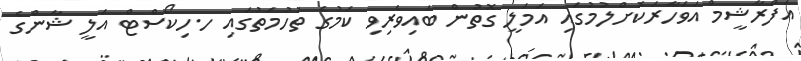
އަފްރާޝީމް އަވަހާރަކޮށްލުމުގައި އަމަލީ ގޮތުން ބައިވެރިވި ކަމުގެ ތުހުމަތުގައި ހ.ހިކޯސްޓް އަލީ ޝާންގެ